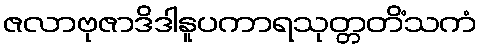
ဇလာဗုဇာဒိဒါနူပကာရသုတ္တတိံသကံ